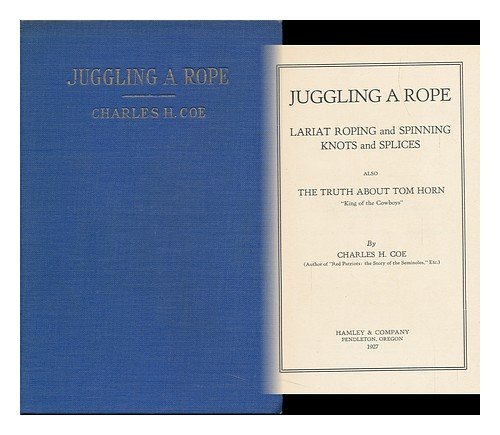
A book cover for JUGGLING A ROPE - Lariat Roping and Spinning - Knots and Splices - also THE TRUTH ABOUT TOM HORN "King of the Cowboys"; Charles H. Coe; Crafts, Hobbies & Home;